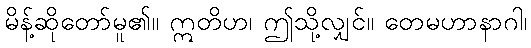
မိန့်ဆိုတော်မူ၏။ ဣတိဟ၊ ဤသို့လျှင်။ တေမဟာနာဂါ၊